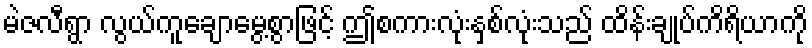
မဲဇလီရွာ လွယ်ကူချောမွေ့စွာဖြင့် ဤစကားလုံးနှစ်လုံးသည် ထိန်းချုပ်ကိရိယာကို